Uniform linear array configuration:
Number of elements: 12
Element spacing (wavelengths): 0.5
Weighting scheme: exponential
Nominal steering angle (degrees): -30
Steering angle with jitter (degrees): -28.924
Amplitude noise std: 0.05
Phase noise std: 0.05

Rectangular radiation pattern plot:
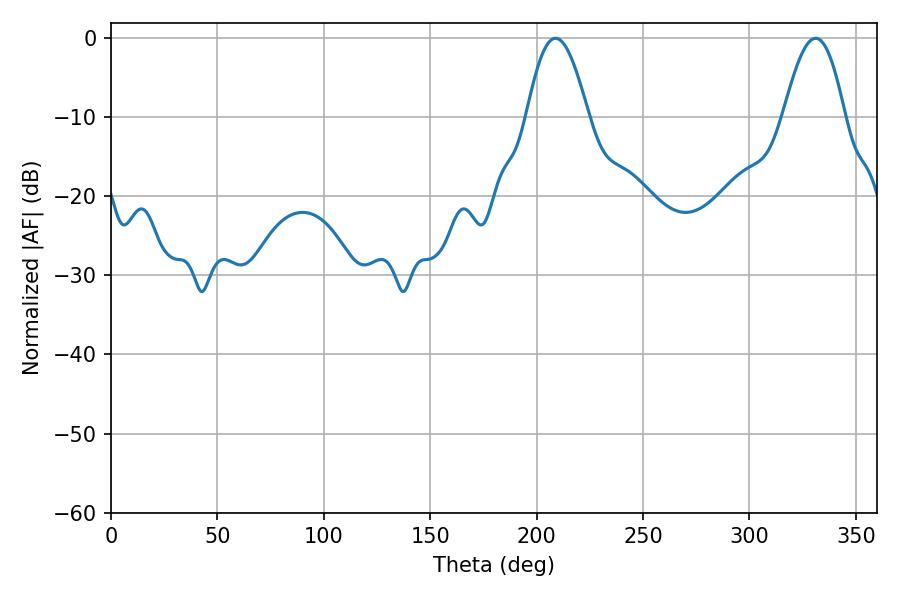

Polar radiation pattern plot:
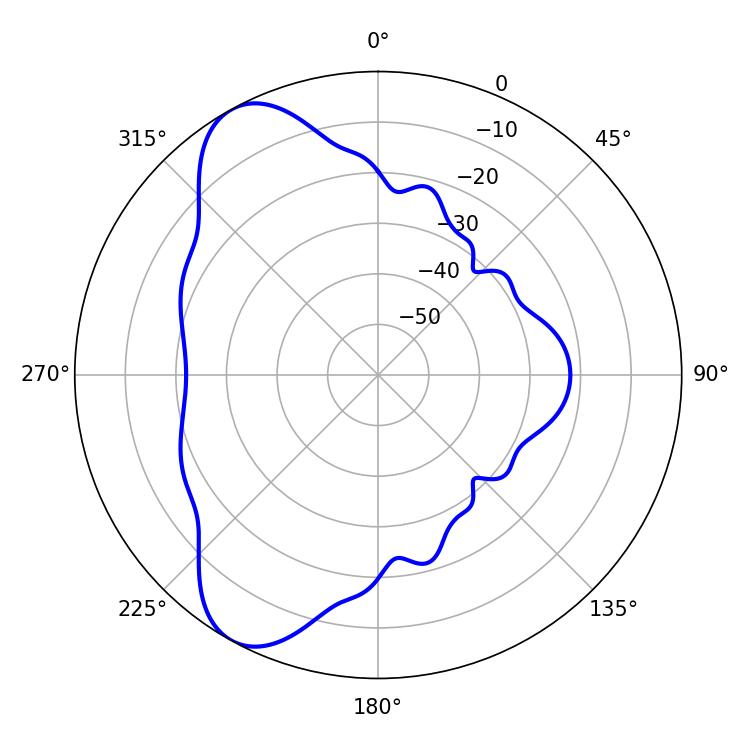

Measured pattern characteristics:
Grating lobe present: FALSE
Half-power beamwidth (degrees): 15.48
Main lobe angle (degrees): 208.98